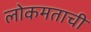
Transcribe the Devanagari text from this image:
लोकमताची